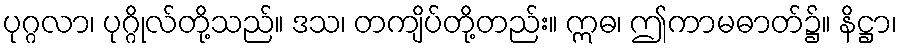
ပုဂ္ဂလာ၊ ပုဂ္ဂိုလ်တို့သည်။ ဒသ၊ တကျိပ်တို့တည်း။ ဣဓ၊ ဤကာမဓာတ်၌။ နိဋ္ဌာ၊